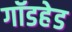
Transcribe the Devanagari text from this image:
गॉडहेड